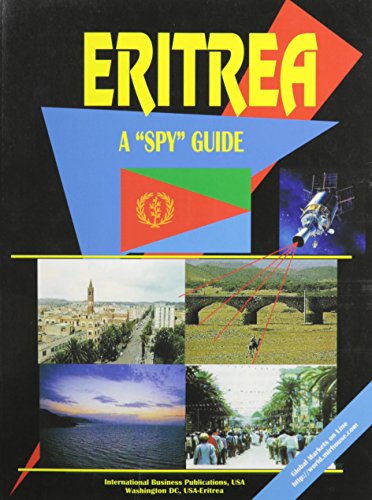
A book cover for Eritrea: A "Spy" Guide (World "Spy" Guide Library); Ibp Usa; Travel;